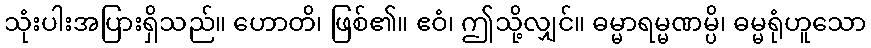
သုံးပါးအပြားရှိသည်။ ဟောတိ၊ ဖြစ်၏။ ဧဝံ၊ ဤသို့လျှင်။ ဓမ္မာရမ္မဏမ္ပိ၊ ဓမ္မရုံဟူသော